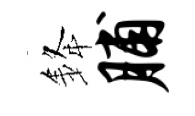
𨦟脯